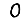
Digit: 0